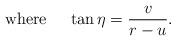
LaTeX: \begin{align*}{\rm where}\ \ \ \ \tan\eta={v\over{r-u}}.\end{align*}